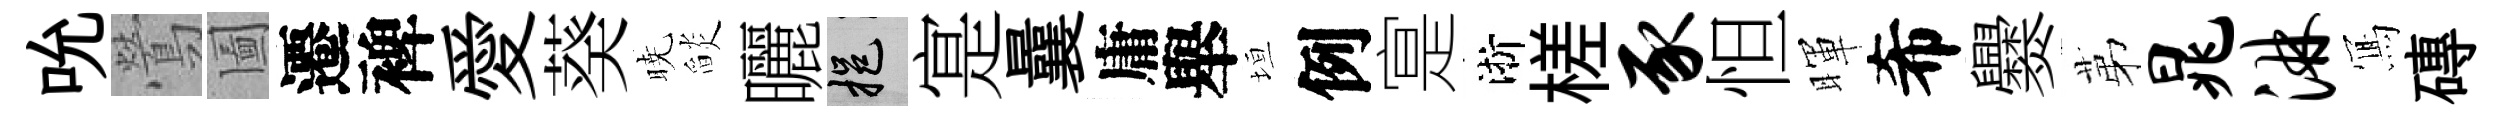
吮鶯圗遷裨愛葵暁𦦨曬挹寔曩庸舉垣例寔淅槎豕怛暉希爨苐晁淋𭂁磚